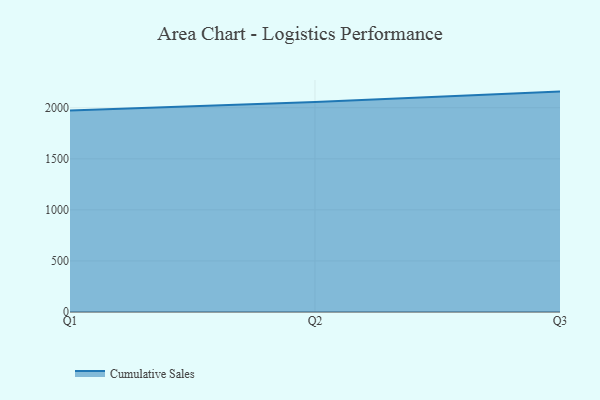
{"axis": {"x": "Quarter", "y": "Energy Usage (MWh)"}, "legend": ["Cumulative Sales"], "data": [{"x": "Q1", "y": 1974.2, "type": "Cumulative Sales"}, {"x": "Q2", "y": 2056.6, "type": "Cumulative Sales"}, {"x": "Q3", "y": 2158.5, "type": "Cumulative Sales"}]}